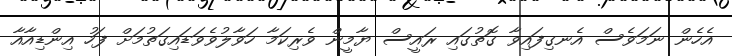
އެހެން ނަމަވެސް އެނގިފައިވާ ގޮތުގައި ރައީސް ޔާމީން ވެރިކަމާ ހަވާލުވެވަޑައިގަތުމަށް ފަހު އިންޑިއާއާ